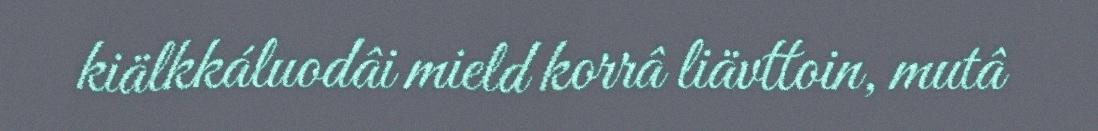
kiälkkáluodâi mield korrâ liävttoin, mutâ